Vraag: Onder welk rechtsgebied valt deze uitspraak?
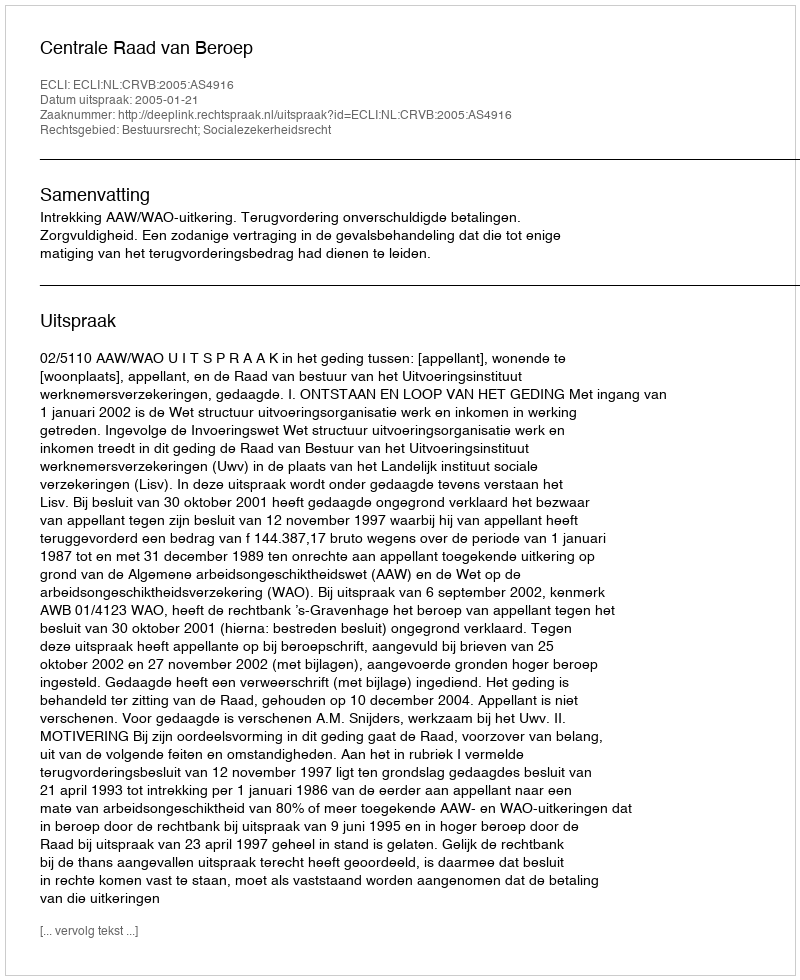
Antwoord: Bestuursrecht; Socialezekerheidsrecht